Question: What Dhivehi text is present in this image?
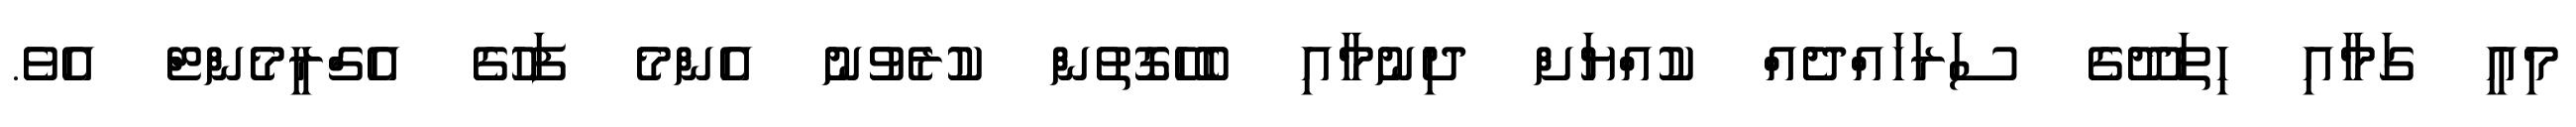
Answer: މިއީ ގަމާއި ހިތަދޫގެ ސަރަހައްދެއް ކުއްޔަށް ދިނުމާއި ބެހޭގޮތުން ކުރެވުނު އެންމެ ފަހުގެ އެގްރީމެންޓް އެވެ.